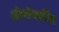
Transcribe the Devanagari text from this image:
थ्रोम्बोप्लास्टिन